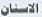
الاسنان